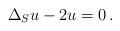
LaTeX: \begin{align*}\Delta_S u-2u=0\,. \end{align*}